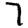
Digit: 7